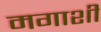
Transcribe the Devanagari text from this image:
मगाशी